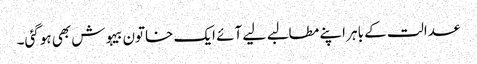
عدالت کے باہر اپنے مطالبے لیے آئے ایک خاتون بیہوش بھی ہوگئی۔